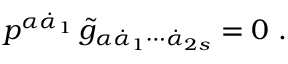
p ^ { \alpha \dot { \alpha } _ { 1 } } \, \tilde { g } _ { \alpha \dot { \alpha } _ { 1 } \cdots \dot { \alpha } _ { 2 s } } = 0 \ .